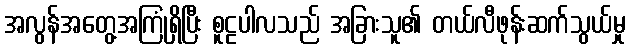
အလွန်အတွေ့အကြုံရှိပြီး စူဠပါလသည် အခြားသူ၏ တယ်လီဖုန်းဆက်သွယ်မှု